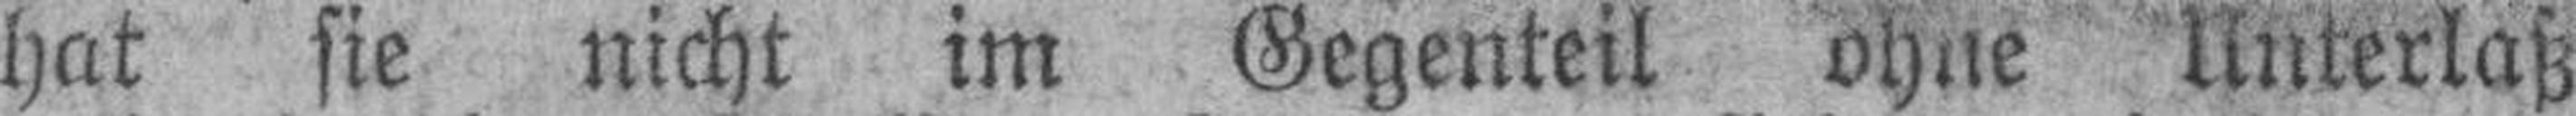
hat sie nicht im Gegenteil ohne Unterlaß